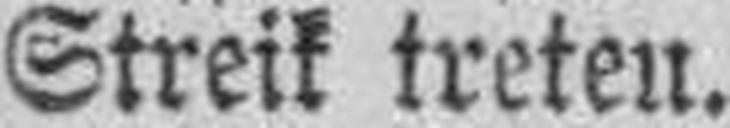
Streik treten.